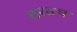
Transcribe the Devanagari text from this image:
ठरतच